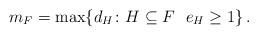
LaTeX: \begin{align*} m_{F}=\max\{d_{H}\colon H\subseteq F\ \ e_{H}\geq 1\}\,. \end{align*}